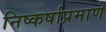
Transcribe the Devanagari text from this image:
निष्कर्षाप्रमाणे